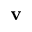
\mathbf { v }